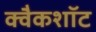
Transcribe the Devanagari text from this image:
क्वैकशॉट